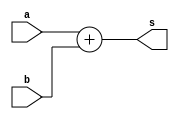
module add4(a,b,s);
input [3:0]a,b;
output [3:0]s;

assign s=a+b;


endmodule